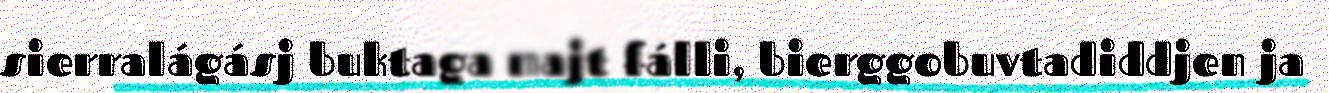
sierralágásj buktaga majt fálli, bierggobuvtadiddjen ja